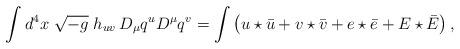
LaTeX: \begin{align*}\int d^4 x \;\sqrt{-g}\; h_{uv} \, D_{\mu} q^u D^\mu q^v = \int \left( u \star \bar u + v \star \bar v + e \star \bar e + E \star \bar E \right), \end{align*}